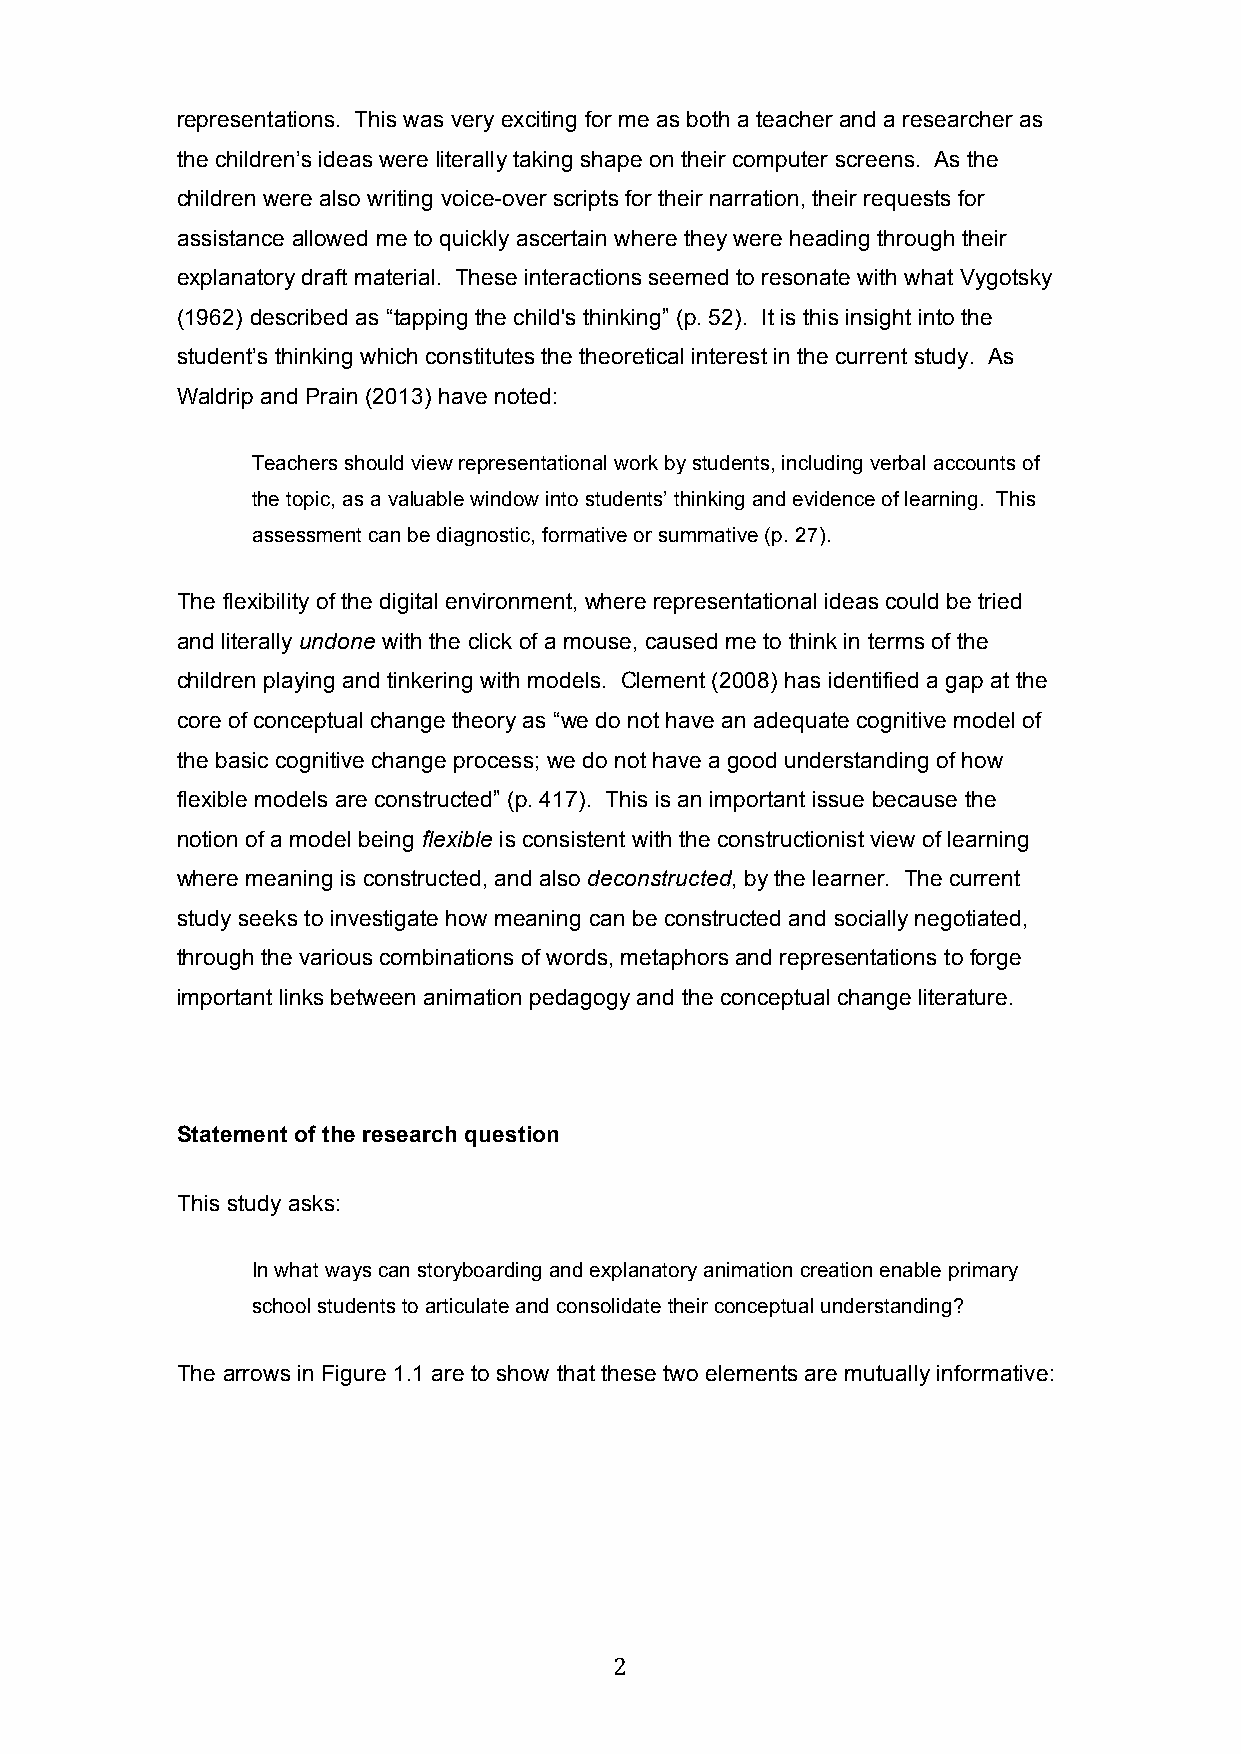
representations. This was very exciting for me as both a teacher and a researcher as
 the children’s ideas were literally taking shape on their computer screens. As the
 children were also writing voice-over scripts for their narration, their requests for
 assistance allowed me to quickly ascertain where they were heading through their
 explanatory draft material. These interactions seemed to resonate with what Vygotsky
 (1962) described as “tapping the child's thinking” (p. 52). It is this insight into the
 student’s thinking which constitutes the theoretical interest in the current study. As
 Waldrip and Prain (2013) have noted:
 Teachers should view representational work by students, including verbal accounts of
 the topic, as a valuable window into students’ thinking and evidence of learning. This
 assessment can be diagnostic, formative or summative (p. 27).
 The flexibility of the digital environment, where representational ideas could be tried
 and literally undone with the click of a mouse, caused me to think in terms of the
 children playing and tinkering with models. Clement (2008) has identified a gap at the
 core of conceptual change theory as “we do not have an adequate cognitive model of
 the basic cognitive change process; we do not have a good understanding of how
 flexible models are constructed” (p. 417). This is an important issue because the
 notion of a model being flexible is consistent with the constructionist view of learning
 where meaning is constructed, and also deconstructed, by the learner. The current
 study seeks to investigate how meaning can be constructed and socially negotiated,
 through the various combinations of words, metaphors and representations to forge
 important links between animation pedagogy and the conceptual change literature.
 Statement of the research question
 This study asks:
 In what ways can storyboarding and explanatory animation creation enable primary
 school students to articulate and consolidate their conceptual understanding?
 The arrows in Figure 1.1 are to show that these two elements are mutually informative:
 2